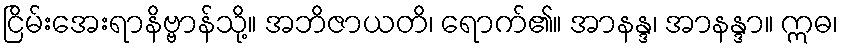
ငြိမ်းအေးရာနိဗ္ဗာန်သို့။ အဘိဇာယတိ၊ ရောက်၏။ အာနန္ဒ၊ အာနန္ဒာ။ ဣဓ၊